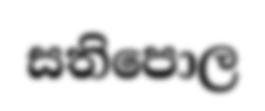
සතිපොල